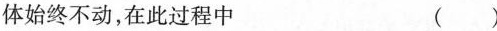
始终不动，在此过程中 ( )